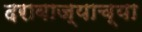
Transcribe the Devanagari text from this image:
दरावाज्याच्या